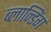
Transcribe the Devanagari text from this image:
ब्लान्डिंग